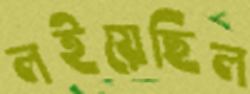
লইয়েছিল